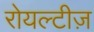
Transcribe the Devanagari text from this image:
रोयल्टीज़